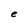
Character: e